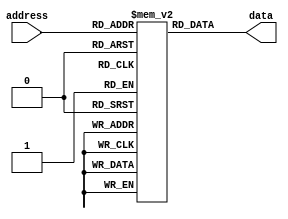
module ROM (
  input wire [ADDRESS_WIDTH-1:0] address,
  output reg [DATA_WIDTH-1:0] data
);

parameter ADDRESS_WIDTH = 8; // adjust according to desired address bits
parameter DATA_WIDTH = 16; // adjust according to desired data bits

reg [DATA_WIDTH-1:0] memory [0:(2**ADDRESS_WIDTH)-1];

// initialize memory array with predefined data values
initial begin
  memory[0] = 16'h0000;
  memory[1] = 16'h1234;
  // add more data values as needed
end

always @(*) begin
  data = memory[address];
end

endmodule